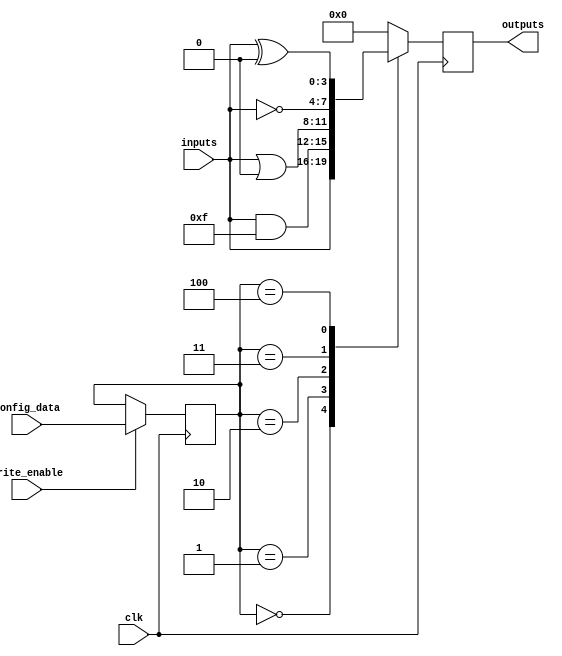
module combinational_logic_block (
    input wire [3:0] inputs,         // 4 input lines
    input wire [7:0] config_data,    // Configuration data for logic function
    input wire write_enable,          // Control signal for writing to SRAM
    input wire clk,                   // Clock signal
    output reg [3:0] outputs          // 4 output lines
);

    // SRAM array to hold configuration bits (for example, 8 bits)
    reg [7:0] sram [0:15]; // 16 SRAM cells, each 8 bits wide

    // Internal signals for logic operations
    reg [3:0] internal_outputs;

    // Write to SRAM
    always @(posedge clk) begin
        if (write_enable) begin
            // Write configuration data to a specific SRAM cell
            // For simplicity, using a fixed address for writing
            sram[0] <= config_data; // Example: Writing to SRAM cell 0
        end
    end

    // Combinational logic operation based on SRAM configuration
    always @(*) begin
        // Example: Using the configuration bits to determine logic operations
        case (sram[0])
            8'b00000000: internal_outputs = inputs;            // Pass-through
            8'b00000001: internal_outputs = inputs & 4'b1111;  // AND operation
            8'b00000010: internal_outputs = inputs | 4'b0000;  // OR operation
            8'b00000011: internal_outputs = ~inputs;           // NOT operation
            8'b00000100: internal_outputs = inputs ^ 4'b0000;  // XOR operation
            // Add more configurations as needed
            default: internal_outputs = 4'b0000;               // Default case
        endcase
    end

    // Assign internal outputs to the output lines
    always @(posedge clk) begin
        outputs <= internal_outputs;
    end

endmodule